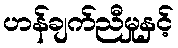
ဟန်ချက်ညီမှုနှင့်